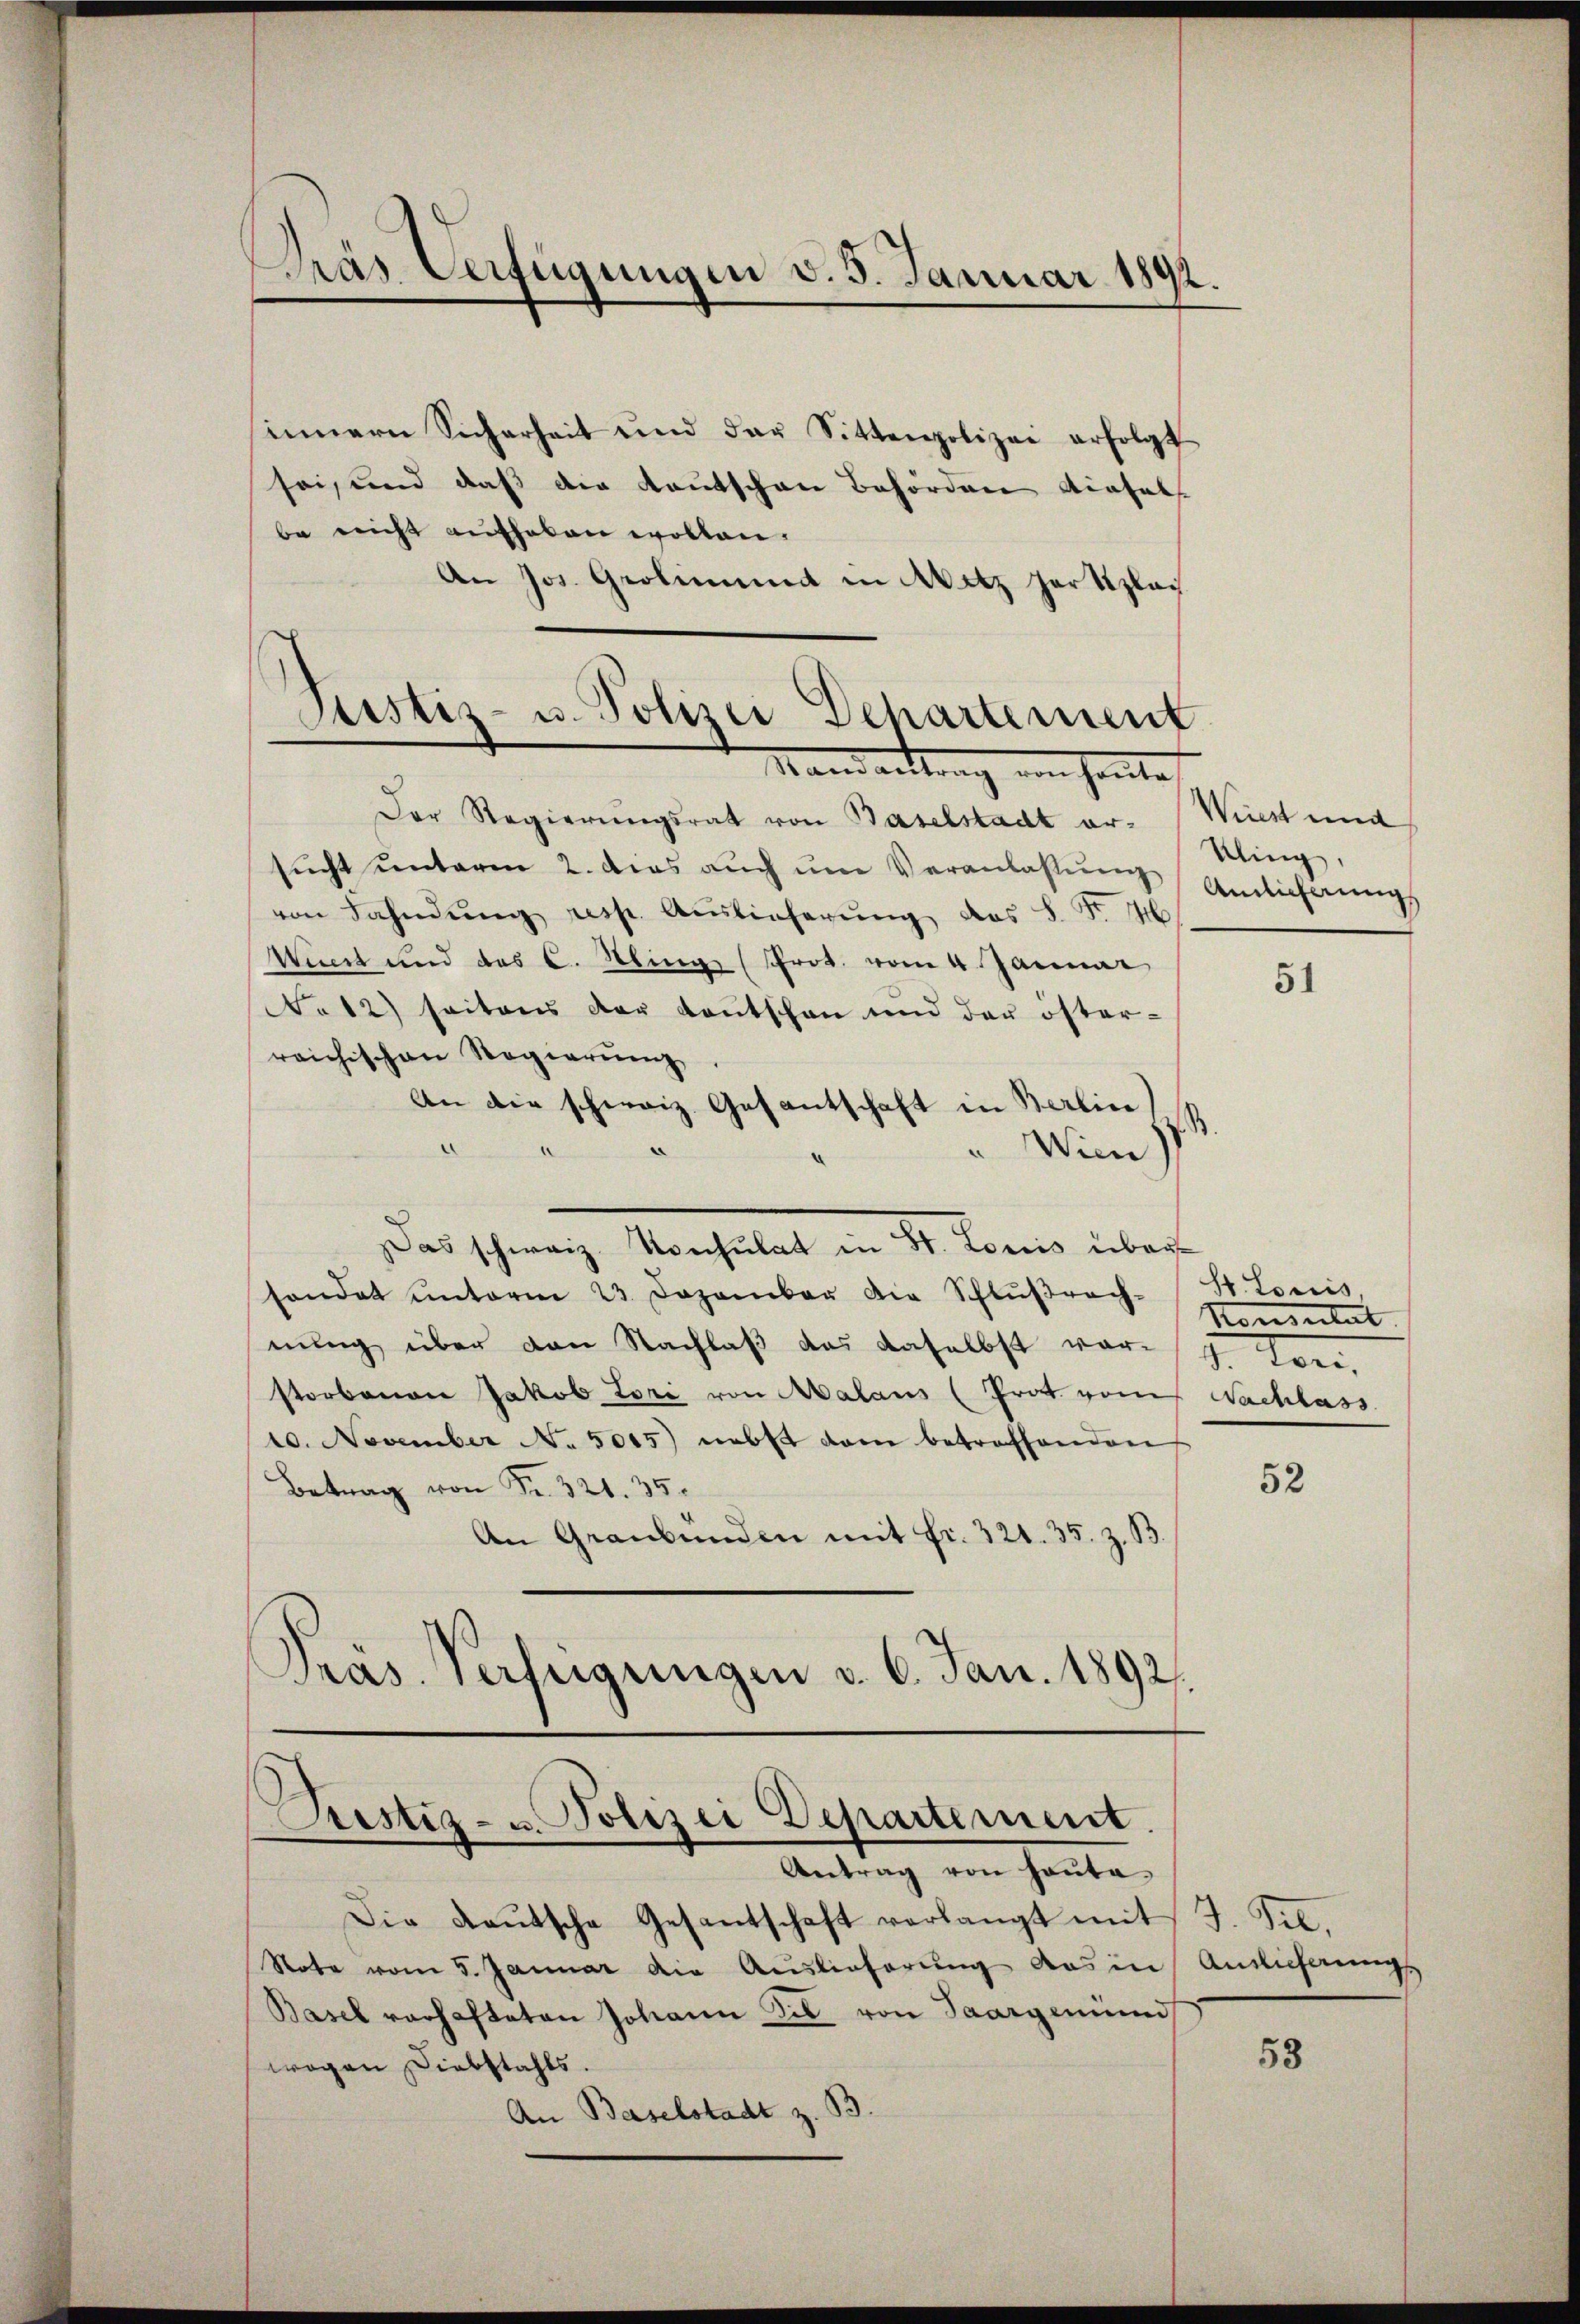
Gras Verfügungen v. 5. Januar 1892.

innern Sicherheit und der Sittenpolizei erfolgt
sei, und daß die Kautschen Behörden diesel
be nicht aufhaben wollen.
An Jos. Grolinund in Witz hartizlei
Justiz- u. Polizei Dehartement

Mandanttrag von heute

Restig- u. Polizei Departement.
Antrag von Hauta

Der Regierungsrat von Baselstadt er. Wiest und
sucht unterm 2. dies aŭch ŭm Veranlassŭng Antichrungs
von Fahndŭng resp. Auslieferung des S. Fr. 46
Wiert und des C. Klinge (Prot. vom 4. Januar
No 12) seitens der Kantschon und der öster-
reichischen Regierung
An die schweiz. Gesantschaft in Berlin
" Wien,
Das Schranz Marchitet, an Sr. Kamer über
handet unterm 23. Dezember die Schlŭβrach- St. Louis
nung über den Nachlaß das daselbst vor-
storbenen Jakob Lori von Malaus (Prot von Nachlass
10. November N. 5015) nebst dan betreffenden
Betrag von Fr. 321. 35.
An Graubünden mit Fr. 321. 35. z. B.
)
Pras. Verfügungen v. 6. Jan. 1892.

Kling,

Die Raŭtsche Gesantschaft verlangt mit
Note vom 5. Januar die Auslieferung das in Antlicherungs
Basel verhafteten Johann Sie von Saargenund
wogen Diebstahls.
An Baselstadt z. B.

51

Konsulat
d. Ton,

52

9. Frl.

58